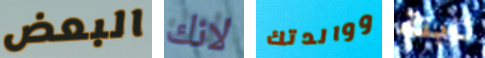
البعض لانك ووالدتك ثابتة